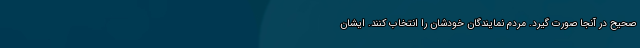
صحیح در آنجا صورت گیرد. مردم نمایندگان خودشان را انتخاب کنند. ایشان